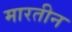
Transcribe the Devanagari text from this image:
मारतीन